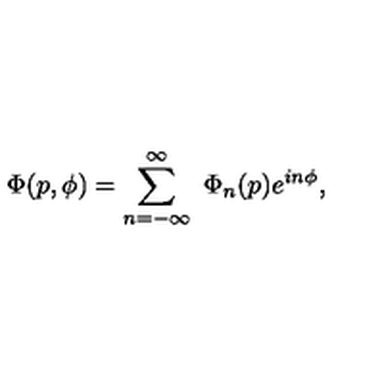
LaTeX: \Phi ( p , \phi ) = \sum _ { n = - \infty } ^ { \infty } \ \Phi _ { n } ( p ) e ^ { i n \phi } ,